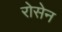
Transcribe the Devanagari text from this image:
रोसेन